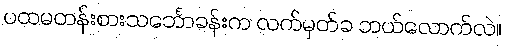
ပထမတန်းစားသင်္ဘောခန်းက လက်မှတ်ခ ဘယ်လောက်လဲ။